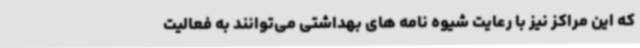
که این مراکز نیز با رعایت شیوه نامه های بهداشتی می‌توانند به فعالیت